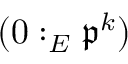
( 0 : _ { E } { \mathfrak { p } } ^ { k } )